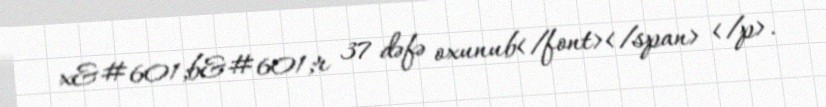
x&#601;b&#601;r 37 dəfə oxunub</font></span> </p>.